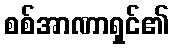
စစ်အာဏာရှင်၏